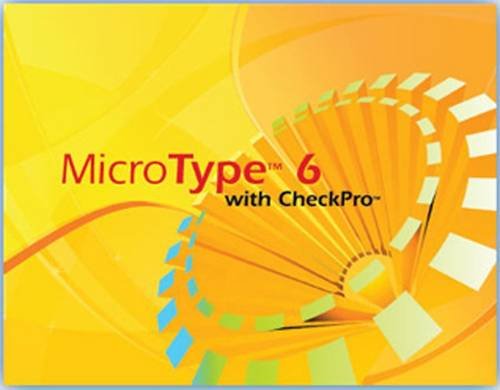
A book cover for MicroType 6 with CheckPro Network Site License DVD for Century 21(TM) Computer Skills and Applications (with Quick Start Guide) (Century 21 Keyboarding); South-Western Educational Publishing; Teen & Young Adult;